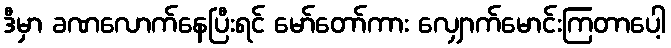
ဒီမှာ ခဏလောက်နေပြီးရင် မော်တော်ကား လျှောက်မောင်းကြတာပေါ့